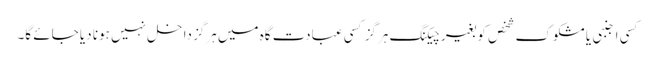
کسی اجنبی یا مشکوک شخص کو بغیر چیکنگ ہرگز کسی عبادت گاہ میں ہرگز داخل نہیں ہونا دیا جائے گا۔